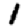
Digit: 1